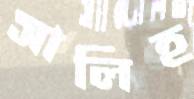
সালিহ